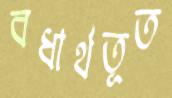
বধার্থতূত